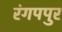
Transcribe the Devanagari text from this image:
रंगपपुर